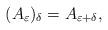
LaTeX: \begin{align*}(A_{\varepsilon})_\delta = A_{\varepsilon + \delta},\end{align*}